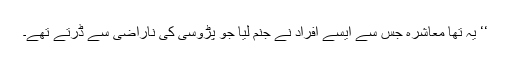
‘‘ یہ تھا معاشرہ جس سے ایسے افراد نے جنم لیا جو پڑوسی کی ناراضی سے ڈرتے تھے۔